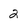
Character: 2